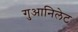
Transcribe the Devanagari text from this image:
गुआनिलेट